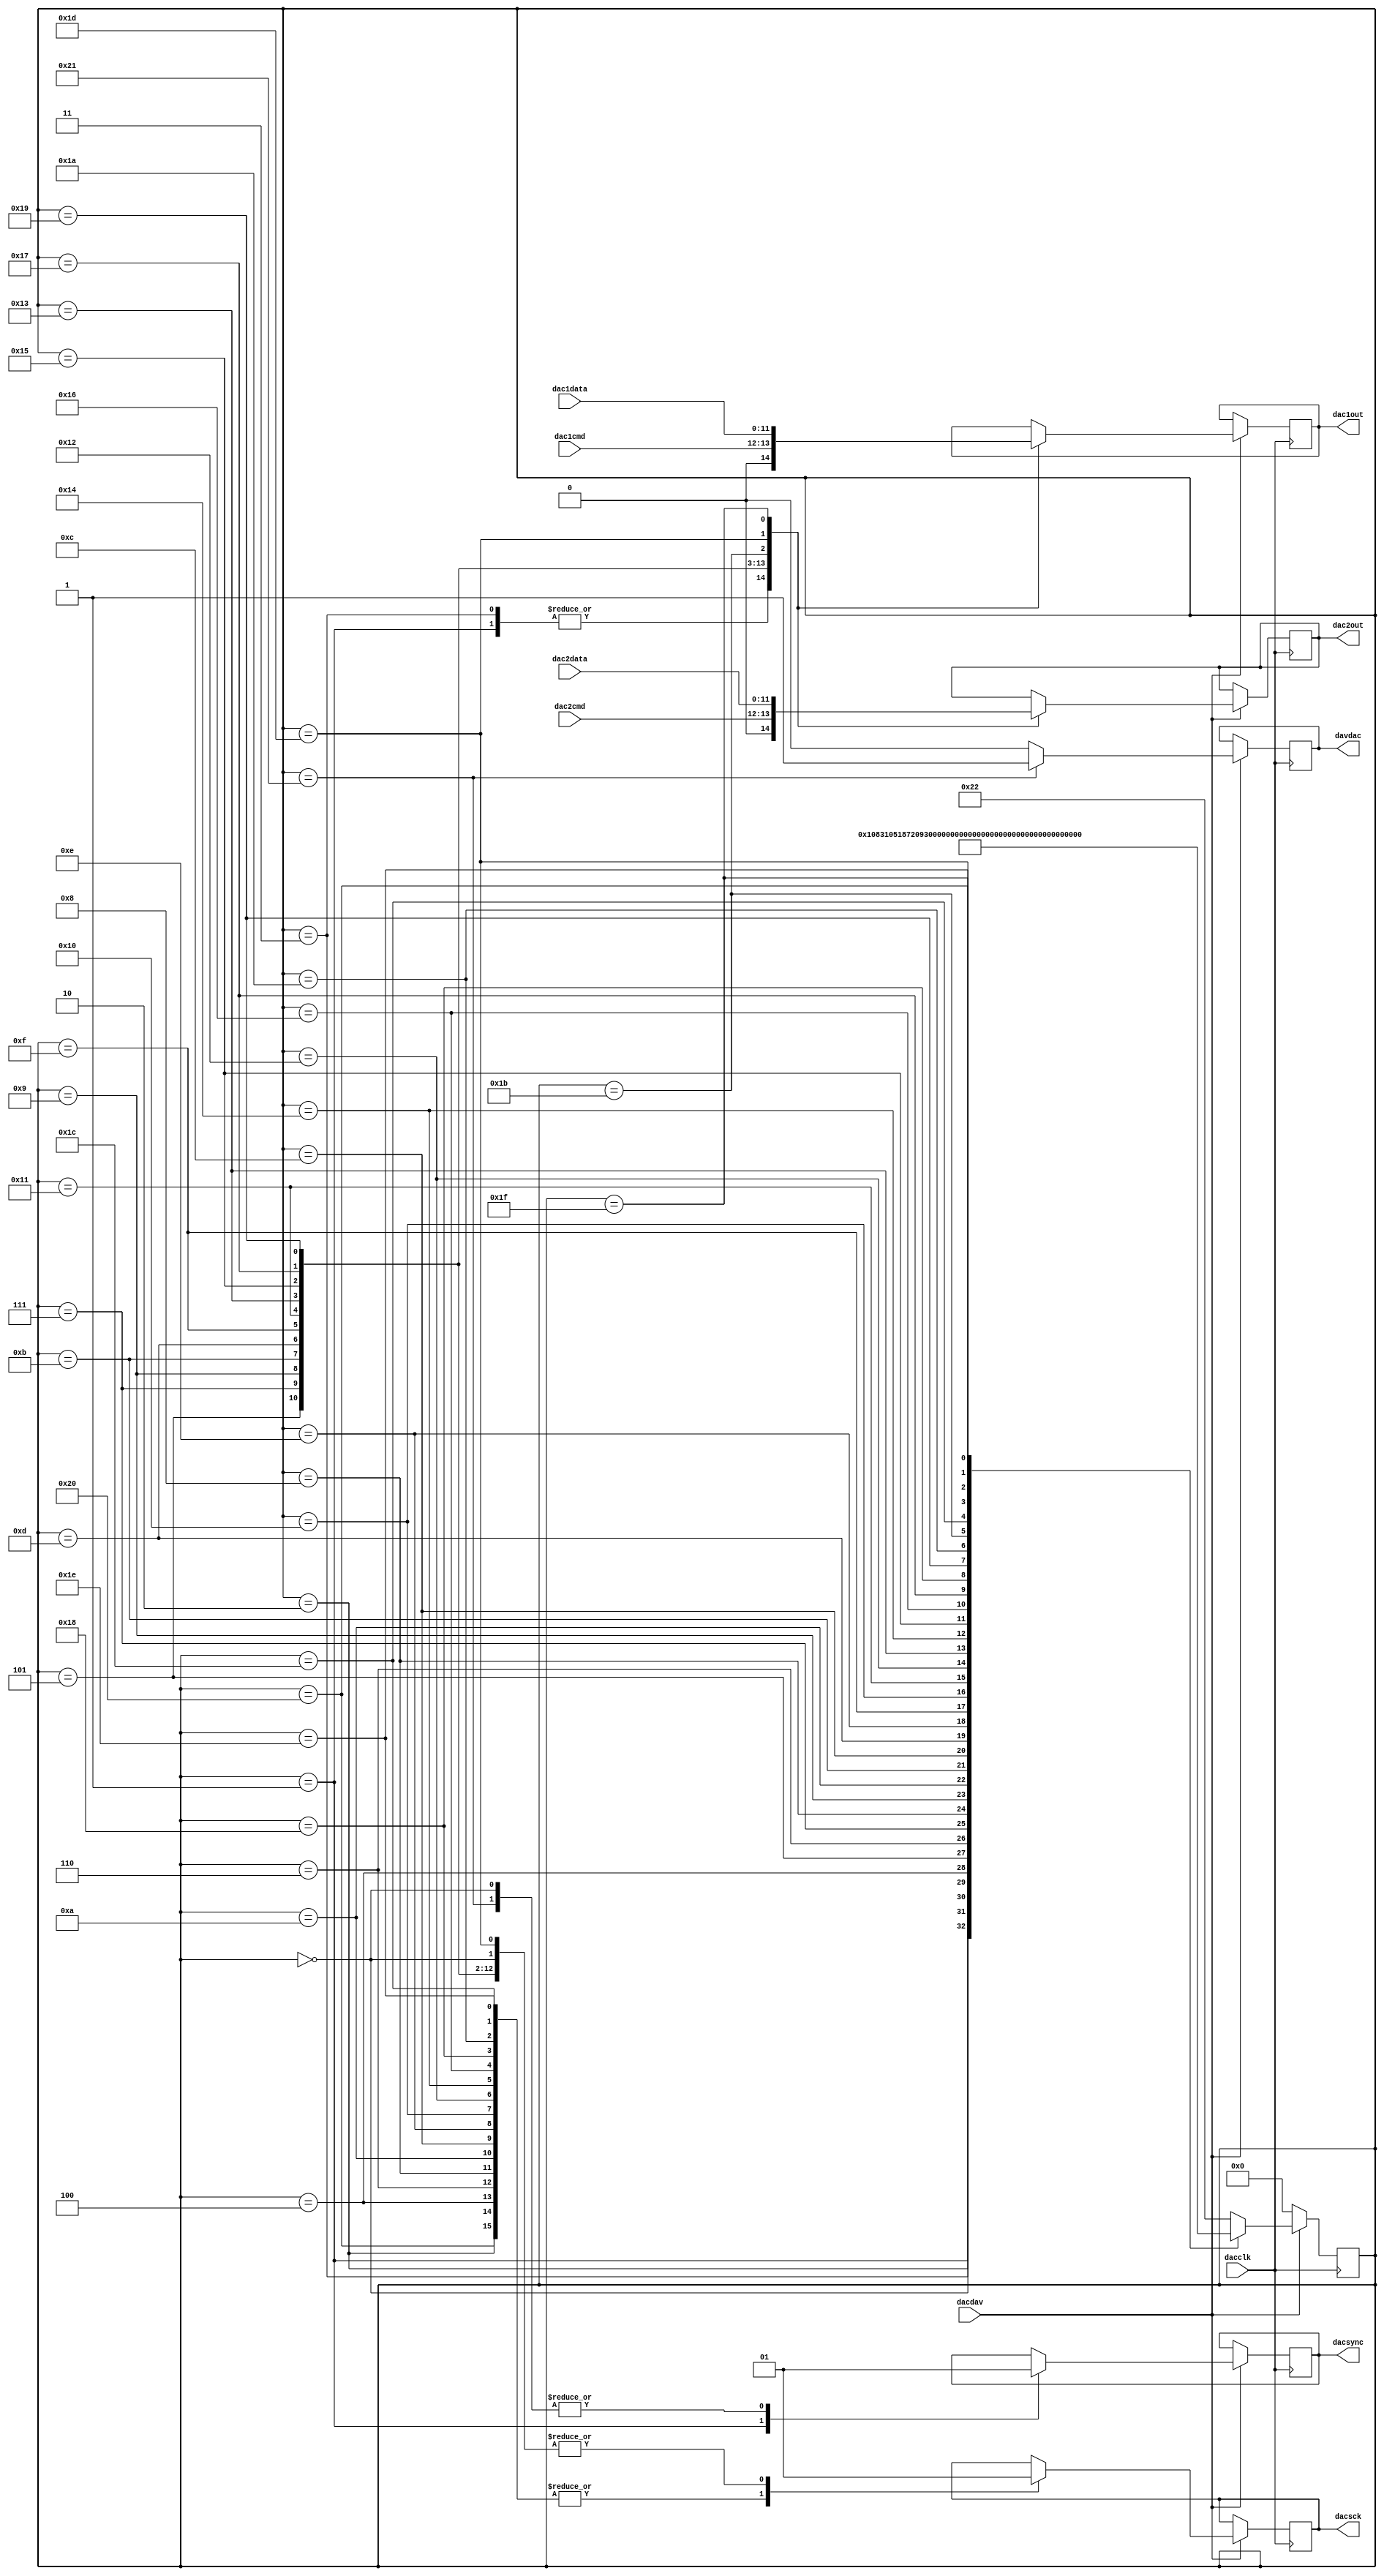
// Digital-to-Analog Converter da2dac2.v
// c 2012 Embedded Design using Programmable Gate Arrays  Dennis Silage

module da2dac2(input dacclk, input dacdav, output reg davdac,
					output reg dac1out, output reg dac2out,
					output reg dacsck, output reg dacsync,
					input [1:0] dac1cmd, input [11:0] dac1data,
					input [1:0] dac2cmd, input [11:0] dac2data);
					
reg [5:0] dacstate;

initial
	begin
		dacstate=0;
		dacsync=0;
		dacsck=0;
	end
	
always@(posedge dacclk)
	begin
		if (dacdav==0)		// DAC data?	
				dacstate=0;
			
		else
			begin
				davdac=0;	// DAC data NAK 

				case (dacstate)
				0: begin
						dacsync=1;
						dacsck=1;
						dacstate=1;
					end
				1: begin
						dacsync=0;
						dac1out=0;	// X don't care
						dac2out=0;
						dacstate=2;
					end
				2: begin
						dacsck=0;
						dacstate=3;
					end
				3: begin
						dacsck=1;
						dac1out=0;	// X don't care
						dac2out=0;
						dacstate=4;
					end			
				4: begin
						dacsck=0;
						dacstate=5;
					end
				5: begin
						dacsck=1;
						dac1out=dac1cmd[1];
						dac2out=dac2cmd[1];
						dacstate=6;
					end			
				6: begin
						dacsck=0;
						dacstate=7;
					end
				7: begin
						dacsck=1;
						dac1out=dac1cmd[0];
						dac2out=dac2cmd[0];
						dacstate=8;
					end			
				8: begin
						dacsck=0;
						dacstate=9;
					end
				9: begin
						dacsck=1;
						dac1out=dac1data[11];
						dac2out=dac2data[11];
						dacstate=10;
					end
				10: begin
						dacsck=0;
						dacstate=11;
					end
				11: begin
						dacsck=1;
						dac1out=dac1data[10];
						dac2out=dac2data[10];
						dacstate=12;
					end			
				12: begin
						dacsck=0;
						dacstate=13;
					end
				13: begin
						dacsck=1;
						dac1out=dac1data[9];
						dac2out=dac2data[9];
						dacstate=14;
					end			
				14: begin
						dacsck=0;
						dacstate=15;
					end
				15: begin
						dacsck=1;
						dac1out=dac1data[8];
						dac2out=dac2data[8];
						dacstate=16;
					end			
				16: begin
						dacsck=0;
						dacstate=17;
					end
				17: begin
						dacsck=1;
						dac1out=dac1data[7];
						dac2out=dac2data[7];
						dacstate=18;
					end			
				18: begin
						dacsck=0;
						dacstate=19;
					end
				19: begin
						dacsck=1;
						dac1out=dac1data[6];
						dac2out=dac2data[6];
						dacstate=20;
					end								
				20: begin
						dacsck=0;
						dacstate=21;
					end
				21: begin
						dacsck=1;
						dac1out=dac1data[5];
						dac2out=dac2data[5];
						dacstate=22;
					end			
				22: begin
						dacsck=0;
						dacstate=23;
					end
				23: begin
						dacsck=1;
						dac1out=dac1data[4];
						dac2out=dac2data[4];
						dacstate=24;
					end								
				24: begin
						dacsck=0;
						dacstate=25;
					end
				25: begin
						dacsck=1;
						dac1out=dac1data[3];
						dac2out=dac2data[3];
						dacstate=26;
					end		
				26: begin
						dacsck=0;
						dacstate=27;
					end
				27: begin
						dacsck=1;
						dac1out=dac1data[2];
						dac2out=dac2data[2];
						dacstate=28;
					end								
				28: begin
						dacsck=0;
						dacstate=29;
					end
				29: begin
						dacsck=1;
						dac1out=dac1data[1];
						dac2out=dac2data[1];
						dacstate=30;
					end			
				30: begin
						dacsck=0;
						dacstate=31;
					end
				31: begin
						dacsck=1;
						dac1out=dac1data[0];
						dac2out=dac2data[0];
						dacstate=32;
					end								
				32: begin
						dacsck=0;
						dacstate=33;
					end
				33: begin
						dacsync=1;
						dacsck=1;
						davdac=1;	// DAC data ACK	
						dacstate=34;
					end			
				34: dacstate=34;
				default: dacstate=34;
			endcase
		end
	end
endmodule